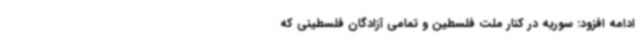
ادامه افزود: سوریه در کنار ملت فلسطین و تمامی آزادگان فلسطینی که